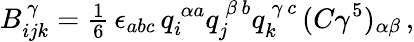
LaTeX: B_{ijk}^{\, \gamma}={\textstyle\frac{1}{6}}\, \epsilon_{abc}\, q_{i}^{\, \alpha a}q_{j}^{\, \beta\, b}q_{k}^{\, \gamma\, c}\, (C\gamma^{5})_{\alpha\beta}\, ,